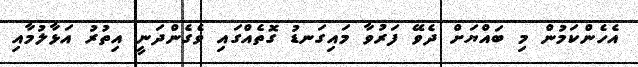
އެހެންކަމުން މި ބައްޔަށް ދެވޭ ފަރުވާ މައިގަނޑު ގޮތެއްގައި ވެގެންދަނީ އިތުރު އަޅާލުމާއި